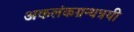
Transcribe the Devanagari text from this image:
अकलंकग्रन्थत्रयी